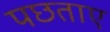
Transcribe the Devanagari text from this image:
पछताए